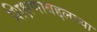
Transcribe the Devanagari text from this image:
शिक्षणाबद्दलच्या